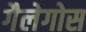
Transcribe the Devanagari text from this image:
गैलेगोस